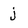
Character: j